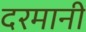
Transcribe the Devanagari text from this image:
दरमानी